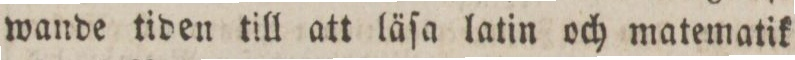
wande tiden till att läſa latin och matematik